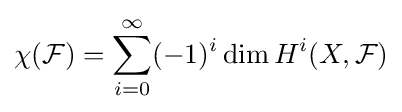
\chi ({\mathcal {F}})=\sum _{i=0}^{\infty }(-1)^{i}\dim H^{i}(X,{\mathcal {F}})